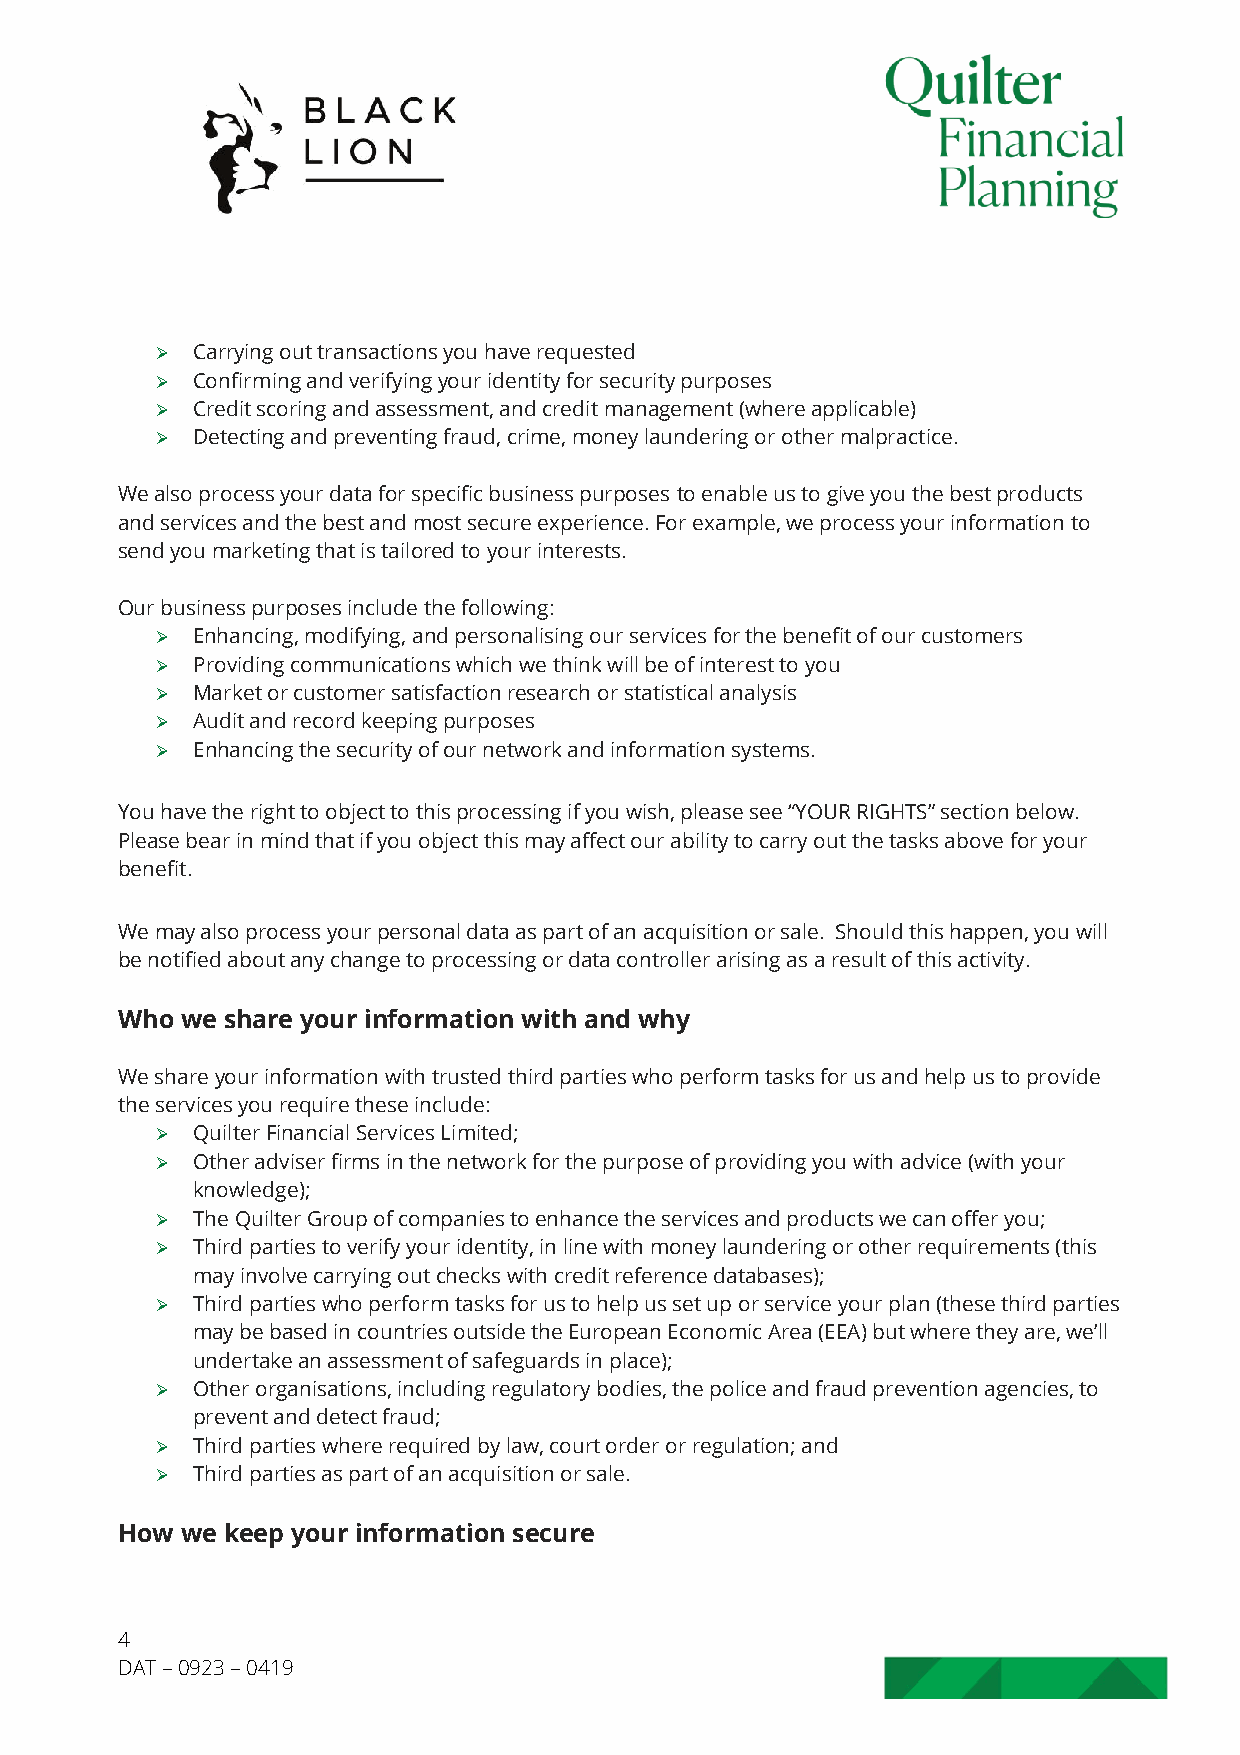
➢  Carrying out transactions you have requested
 ➢  Confirming and verifying your identity for security purposes
 ➢  Credit scoring and assessment, and credit management (where applicable)
 ➢  Detecting and preventing fraud, crime, money laundering or other malpractice.
 We also process your data for specific business purposes to enable us to give you the best products
 and services and the best and most secure experience. For example, we process your information to
 send you marketing that is tailored to your interests.
 Our business purposes include the following:
 ➢  Enhancing, modifying, and personalising our services for the benefit of our customers
 ➢  Providing communications which we think will be of interest to you
 ➢  Market or customer satisfaction research or statistical analysis
 ➢  Audit and record keeping purposes
 ➢  Enhancing the security of our network and information systems.
 You have the right to object to this processing if you wish, please see “YOUR RIGHTS” section below.
 Please bear in mind that if you object this may affect our ability to carry out the tasks above for your
 benefit.
 We may also process your personal data as part of an acquisition or sale. Should this happen, you will
 be notified about any change to processing or data controller arising as a result of this activity.
 Who we share your information with and why
 We share your information with trusted third parties who perform tasks for us and help us to provide
 the services you require these include:
 ➢  Quilter Financial Services Limited;
 ➢  Other adviser firms in the network for the purpose of providing you with advice (with your
 knowledge);
 ➢  The Quilter Group of companies to enhance the services and products we can offer you;
 ➢  Third parties to verify your identity, in line with money laundering or other requirements (this
 may involve carrying out checks with credit reference databases);
 ➢  Third parties who perform tasks for us to help us set up or service your plan (these third parties
 may be based in countries outside the European Economic Area (EEA) but where they are, we’ll
 undertake an assessment of safeguards in place);
 ➢  Other organisations, including regulatory bodies, the police and fraud prevention agencies, to
 prevent and detect fraud;
 ➢  Third parties where required by law, court order or regulation; and
 ➢  Third parties as part of an acquisition or sale.
 How we keep your information secure
 4
 DAT – 0923 – 0419